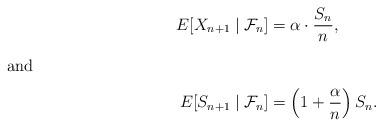
LaTeX: \begin{align*} E[X_{n+1} \mid \mathcal{F}_n]&= \alpha \cdot \dfrac{S_n}{n}, \\\intertext{and}E[S_{n+1} \mid \mathcal{F}_n]&=\left(1+\dfrac{\alpha}{n}\right) S_n. \end{align*}